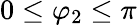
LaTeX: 0\leq\varphi_{2}\leq\pi